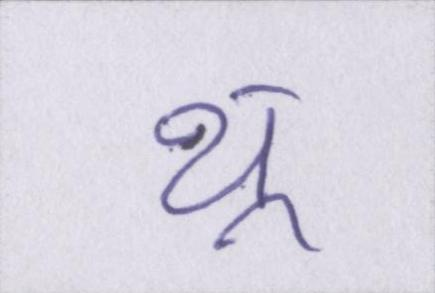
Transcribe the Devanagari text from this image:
थू।